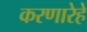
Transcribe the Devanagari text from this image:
करणारेहे